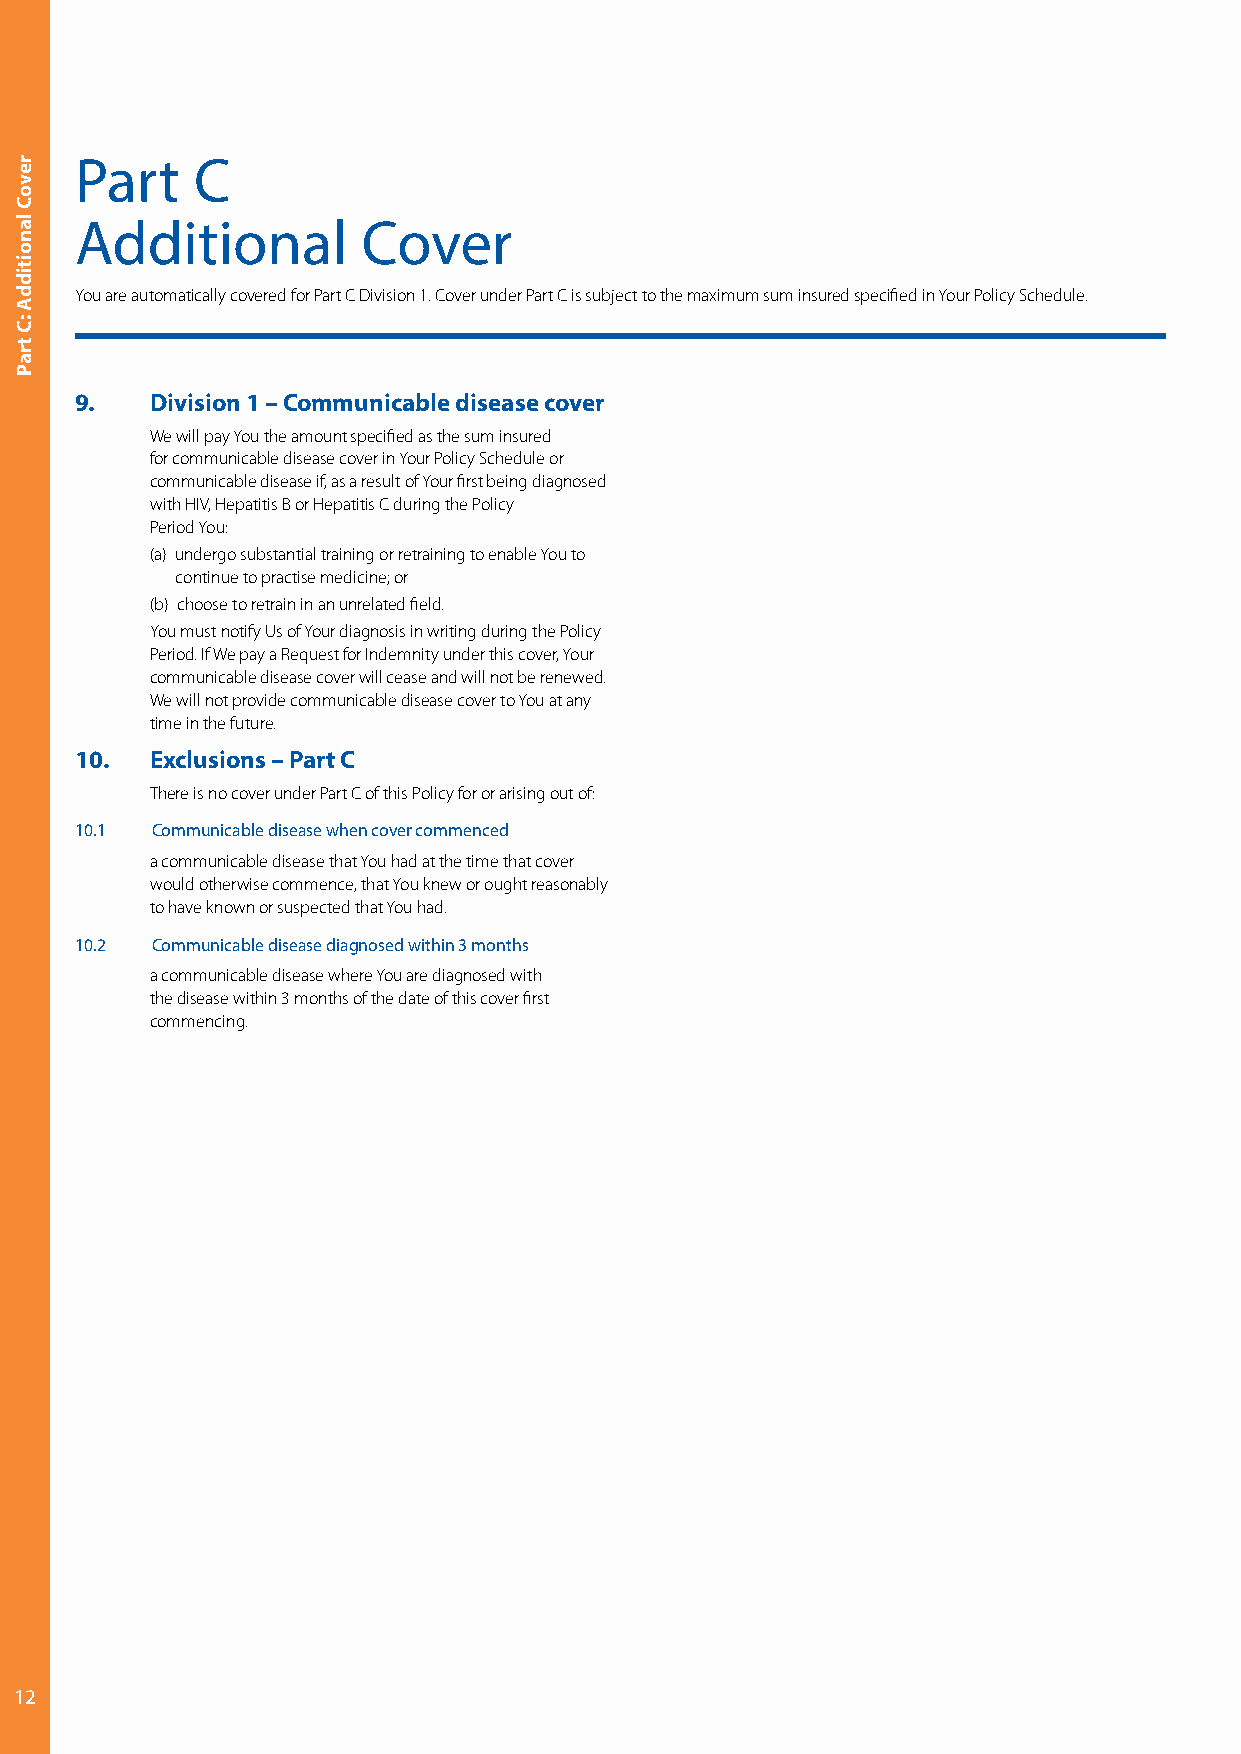
Part    C
 Additional         Cover
 You are automatically covered for Part C Division 1. Cover under Part C is subject to the maximum sum insured specified in Your Policy Schedule.
 9.   Division 1 – Communicable disease cover
 W e will pay You the amount specified as the sum insured
 for communicable disease cover in Your Policy Schedule or
 communicable disease if, as a result of Your first being diagnosed
 with HIV, Hepatitis B or Hepatitis C during the Policy
 Period You:
 (a) undergo substantial training or retraining to enable You to
 continue to practise medicine; or
 (b) choose to retrain in an unrelated field.
 Y ou must notify Us of Your diagnosis in writing during the Policy
 Period. If We pay a Request for Indemnity under this cover, Your
 communicable disease cover will cease and will not be renewed.
 We will not provide communicable disease cover to You at any
 time in the future.
 10.  Exclusions – Part C
 T here is no cover under Part C of this Policy for or arising out of:
 10.1 Communicable disease when cover commenced
 a communicable disease that You had at the time that cover
 would otherwise commence, that You knew or ought reasonably
 to have known or suspected that You had.
 10.2 Communicable disease diagnosed within 3 months
 a communicable disease where You are diagnosed with
 the disease within 3 months of the date of this cover first
 commencing.
 12
 revoC
 lanoitiddA
 :C
 traP